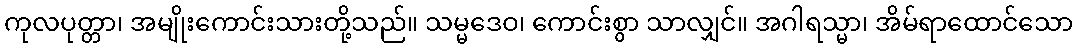
ကုလပုတ္တာ၊ အမျိုးကောင်းသားတို့သည်။ သမ္မဒေဝ၊ ကောင်းစွာ သာလျှင်။ အဂါရသ္မာ၊ အိမ်ရာထောင်သော